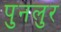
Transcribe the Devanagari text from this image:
पुनलुर